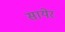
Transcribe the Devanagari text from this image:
सायेर